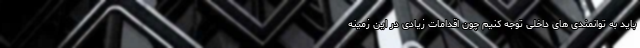
باید به توانمندی های داخلی توجه کنیم چون اقدامات زیادی در این زمینه